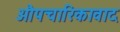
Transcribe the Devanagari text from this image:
औपचारिकावाद